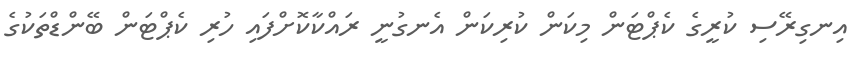
އިނގިރޭސި ކުރީގެ ކެޕްޓަން މިކަން ކުރިކަން އެނގުނީ ރައްކާކޮށްފައި ހުރި ކެޕްޓަން ބޭންޑްތަކުގެ